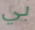
بي